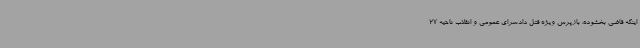
اینکه قاضی بخشوده، بازپرس ویژه قتل دادسرای عمومی و انقلاب ناحیه 27